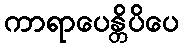
ကာရာပေန္တိပိပေ